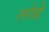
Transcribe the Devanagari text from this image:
लोढे